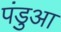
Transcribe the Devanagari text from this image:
पंडुआ